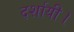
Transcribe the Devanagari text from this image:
दर्शायी।